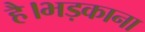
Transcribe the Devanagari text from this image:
है।भड़काना